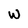
Character: W